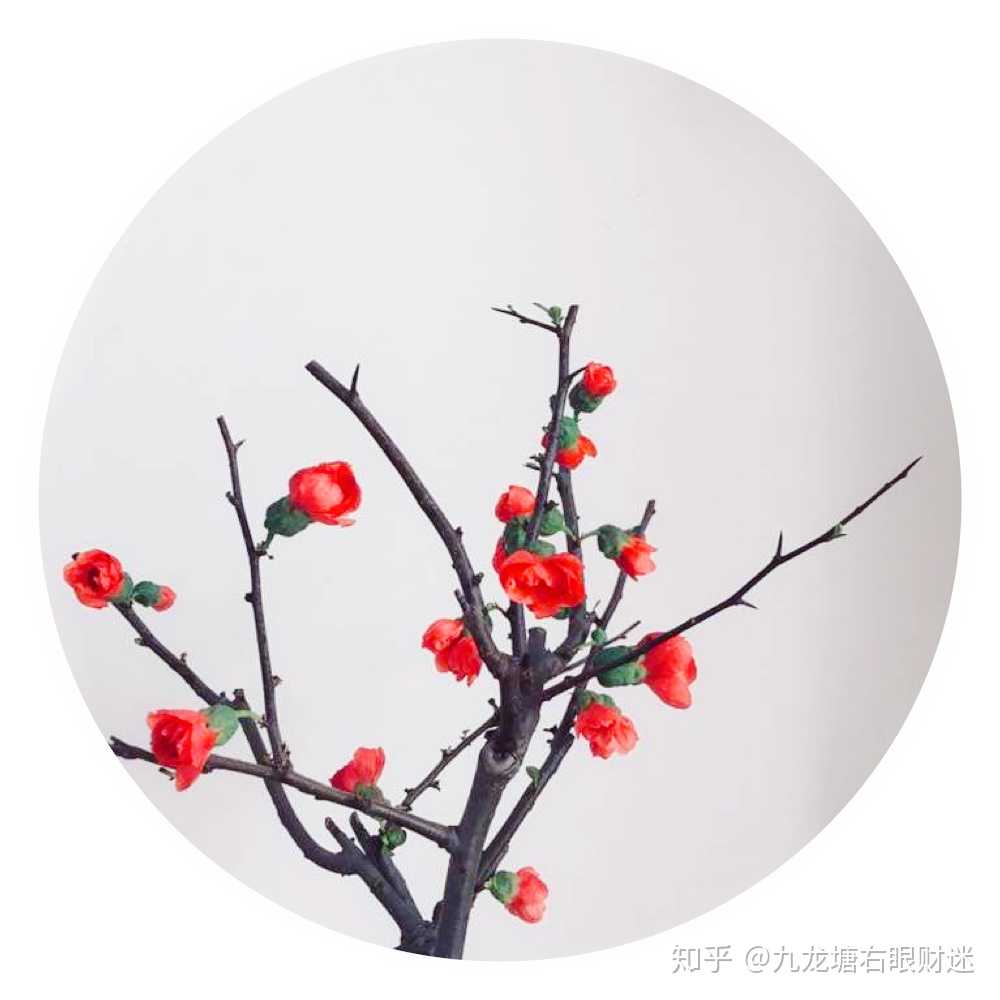
万物迎春送残腊，一年结局在今宵。